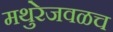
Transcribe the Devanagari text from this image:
मथुरेजवळच